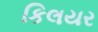
કિલયર